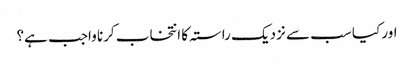
اور کیا سب سے نزدیک راستہ کا انتخاب کرنا واجب ہے؟